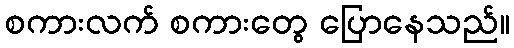
စကားလက် စကားတွေ ပြောနေသည်။